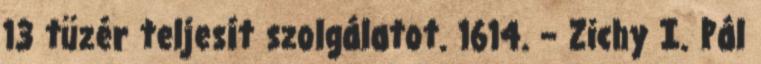
13 tüzér teljesít szolgálatot. 1614. – Zichy I. Pál